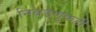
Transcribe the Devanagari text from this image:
निवडणूकही